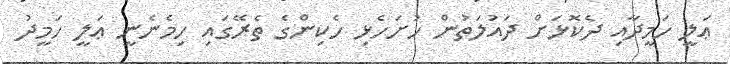
ޢަލީ ހަމީދާއި ދެކޮޅަށް ދައުލަތުން ހުށަހެޅި ހެކިންގެ ތެރޭގައި ހިމެނެނީ ޢަލީ ހަމީދު